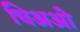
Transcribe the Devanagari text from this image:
चिअओ